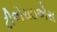
ટીએચઇએસ